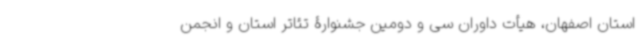
استان اصفهان، هیأت داوران سی و دومین جشنوارۀ تئاتر استان و انجمن